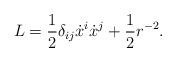
LaTeX: \begin{align*}L=\frac{1}{2}\delta_{ij}\dot{x}^{i}\dot{x}^{j}+\frac{1}{2}r^{-2}.\end{align*}